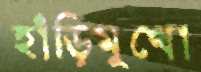
হাঁড়িমুখো